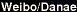
Weibo/Danae